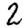
Digit: 2